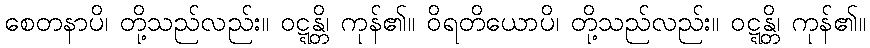
စေတနာပိ၊ တို့သည်လည်း။ ဝဋ္ဋန္တိ၊ ကုန်၏။ ဝိရတိယောပိ၊ တို့သည်လည်း။ ဝဋ္ဋန္တိ၊ ကုန်၏။